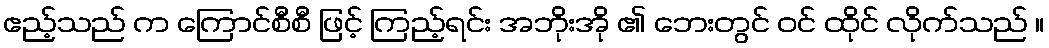
ဧည့်သည် က ကြောင်စီစီ ဖြင့် ကြည့်ရင်း အဘိုးအို ၏ ဘေးတွင် ဝင် ထိုင် လိုက်သည် ။